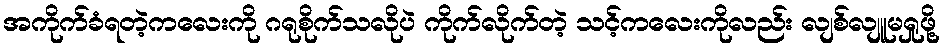
အကိုက်ခံရတဲ့ကလေးကို ဂရုစိုက်သလိုပဲ ကိုက်လိုက်တဲ့ သင့်ကလေးကိုလည်း လျစ်လျူမရှုဖို့